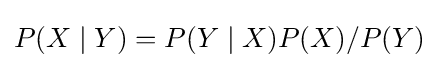
P(X\mid Y)=P(Y\mid X)P(X)/P(Y)